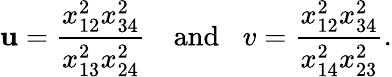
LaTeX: \mathbf{u}=\frac{{x_{12}^{2}x_{34}^{2}}}{{x_{13}^{2}x_{24}^{2}}}\, \, \, \, \, \, \mathrm{{and}}\, \, \, \, \, v=\frac{{x_{12}^{2}x_{34}^{2}}}{{x_{14}^{2}x_{23}^{2}}}.